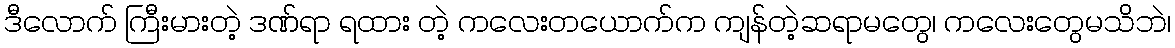
ဒီလောက် ကြီးမားတဲ့ ဒဏ်ရာ ရထား တဲ့ ကလေးတယောက်က ကျန်တဲ့ဆရာမတွေ၊ ကလေးတွေမသိဘဲ၊